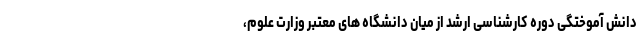
دانش آموختگی دوره کارشناسی ارشد از میان دانشگاه های معتبر وزارت علوم،